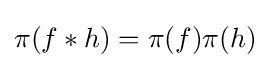
\pi (f*h)=\pi (f)\pi (h)